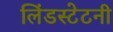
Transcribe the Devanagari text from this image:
लिंडस्टेटनी